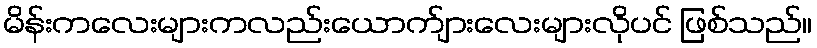
မိန်းကလေးများကလည်းယောက်ျားလေးများလိုပင် ဖြစ်သည်။